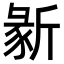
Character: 𣂵